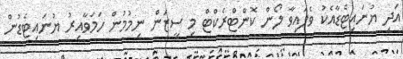
އަދި ޔުނައިޓެޑާއެކު ވެފައިވާ ލޯން ކޮންޓްރެކްޓް މި ސީޒަން ނިމުމުން ހަމަވާއިރު ޔުނައިޓެޑުން